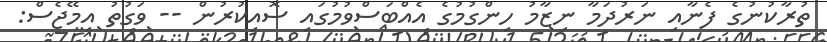
ތުރާކުނުގެ ފެނާއި ނަރުދަމާ ނިޒާމު ހިންގުމުގެ އެއްބަސްވުމުގައި ސޮއިކުރުން -- ވަގުތު އިމޭޖެސް: